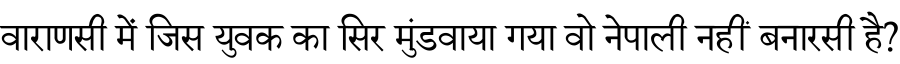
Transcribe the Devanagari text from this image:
वाराणसी में जिस युवक का सिर मुंडवाया गया वो नेपाली नहीं बनारसी है?